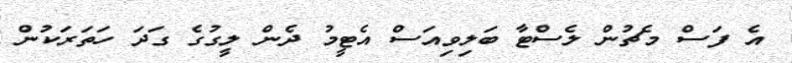
އެ ފަސް މެޗުން ލެސްޓާ ބަލިވިއަސް އެޓީމު ދެން ލީގުގެ ގަދަ ހަތަރަކުން